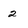
Character: 2